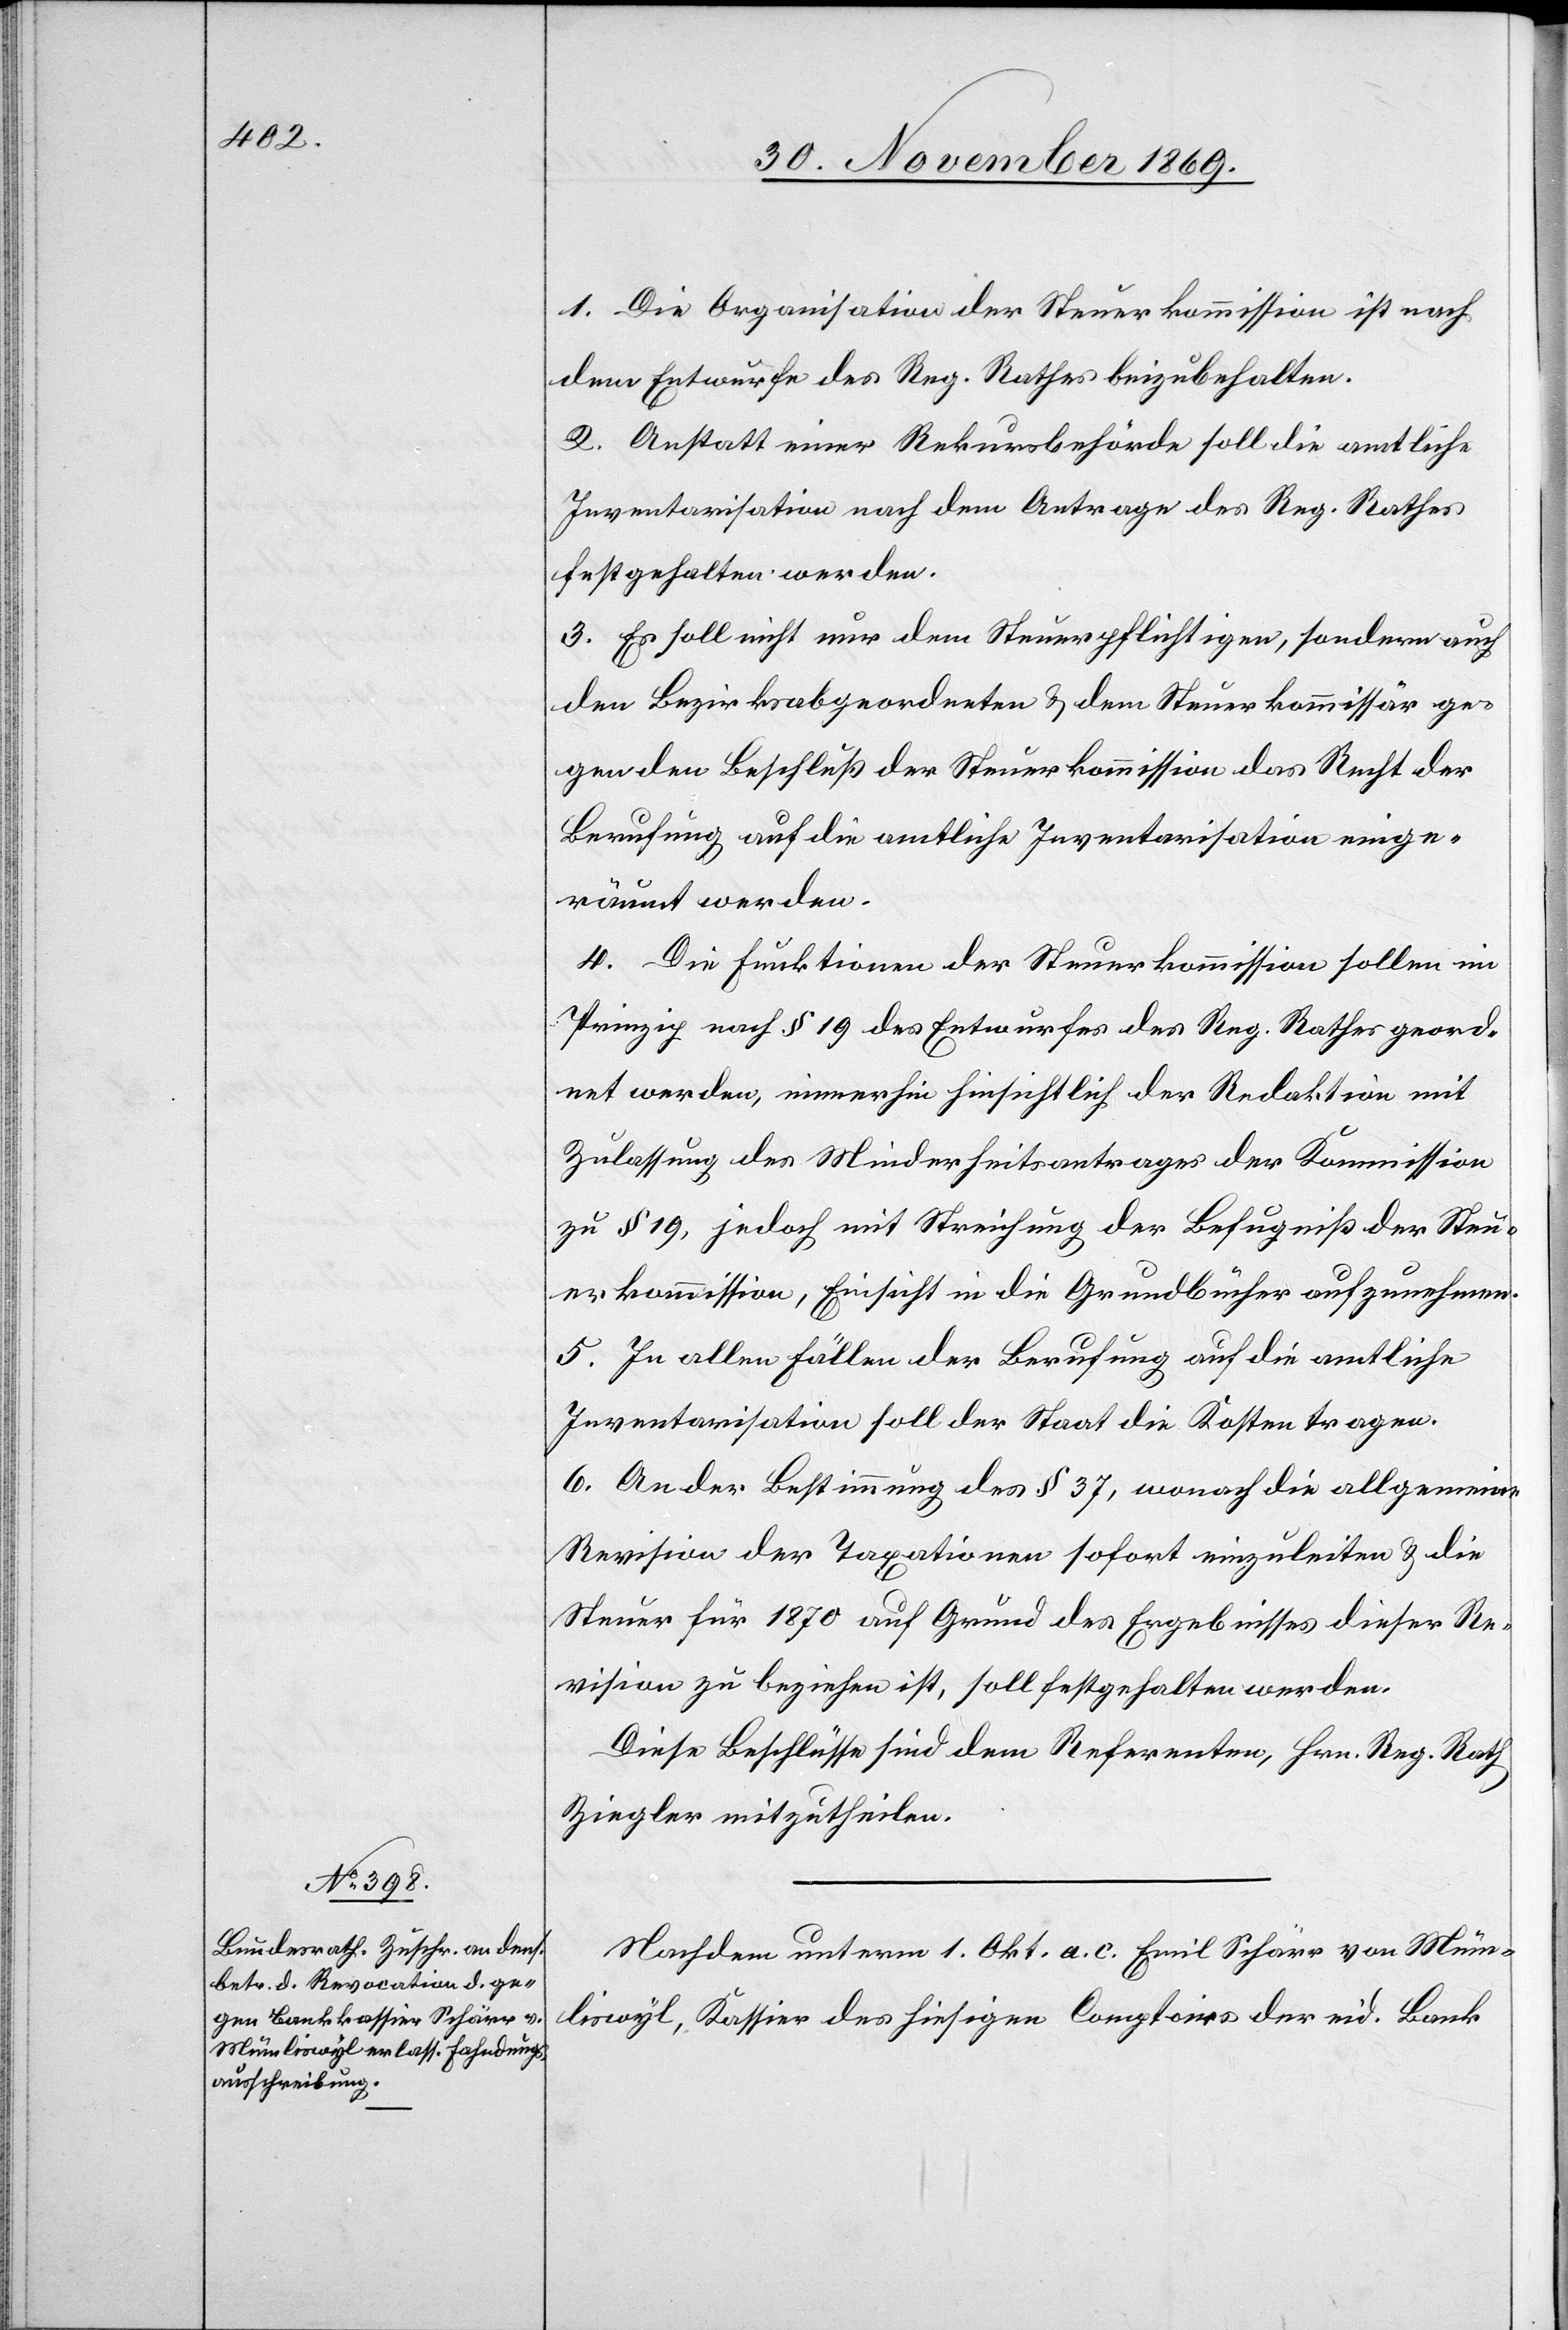
1. Die Organisation der Steuerkommission ist nach
dem Entwurfe des Reg. Rathes beizubehalten.
2. Anstatt einer Rekursbehörde soll die amtliche
Inventarisation nach dem Antrage des Reg. Rathes
festgehalten werden.
3. Es soll nicht nur dem Steuerpflichtigen, sondern auch
den Bezirksabgeordneten & dem Steuerkommissär ge¬
gen den Beschluß der Steuerkommission das Recht der
Berufung auf die amtliche Inventarisation einge¬
räumt werden.
4. Die Funktionen der Steuerkommission sollen im
Prinzip nach § 19 des Entwurfes des Reg. Rathes geord¬
net werden, immerhin hinsichtlich der Redaktion mit
Zulassung des Minderheitsantrages der Kommission
zu § 19, jedoch mit Streichung der Befugniß der Steu¬
erkommission, Einsicht in die Grundbücher aufzunehmen.
5. In allen Fällen der Berufung auf die amtliche
Inventarisation soll der Staat die Kosten tragen.
6. An der Bestimmung des § 37, wonach die allgemeine
Revision der Taxationen sofort einzuleiten & die
Steuer für 1870 auf Grund des Ergebnisses dieser Re¬
vision zu beziehen ist, soll festgehalten werden.
Diese Beschlüsse sind dem Referenten, Hrn. Reg. Rath
Ziegler mitzutheilen.
Nachdem unterm 1. Okt. a. c. Emil Schärr von Müm¬
liswyl, Kassier des hiesigen Comptoirs der eid. Bank